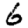
Digit: 6